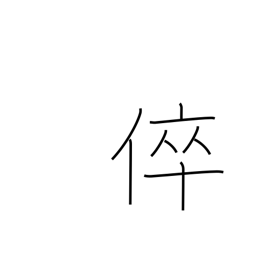
Meaning: my son